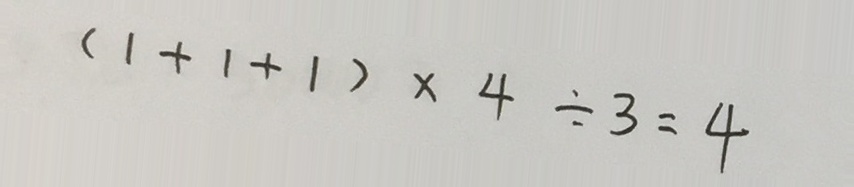
( 1 + 1 + 1 ) \times 4 \div 3 = 4